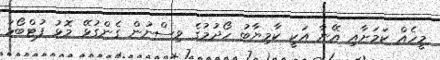
މީހެއް ކަމަށާއި އޭނާ އަކީ ކާމިޔާބު ހޯދުމުގެ ވިސްނުން ގެންގުޅޭ މޮޅު ފުޓްބޯޅަ